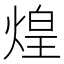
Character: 煌